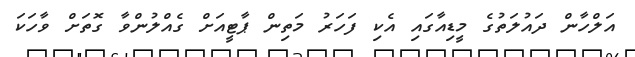
އަލްހާން ދައުލަތުގެ މީޑިއާގައި އެކި ފަހަރު މަތިން ޕާޓީއަށް ގެއްލުންވާ ގޮތަށް ވާހަކަ